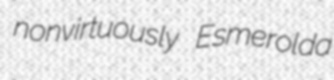
nonvirtuously Esmerolda